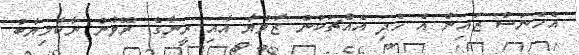
އެހެނަސް ޒައިން އެ ހެދި އެއްޗަކުން ޒާވްޔާ އާއި ރީނާގެ ރޭވުން ނާކާމިޔާބު